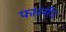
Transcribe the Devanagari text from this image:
फारसी।